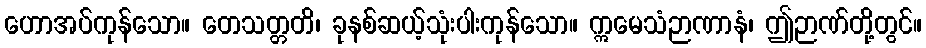
ဟောအပ်ကုန်သော။ တေသတ္တတိ၊ ခုနစ်ဆယ့်သုံးပါးကုန်သော။ ဣမေသံဉာဏာနံ၊ ဤဉာဏ်တို့တွင်။